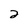
Character: 2